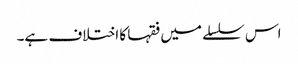
اس سلسلے میں فقہا کا اختلاف ہے۔